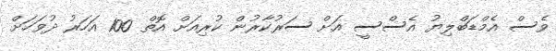
ވެސް އެމްޑަބްލިޔު އެސްސީ އަށް ސަރުކާރުން ކުރިއަށް އޮތް 100 އަހަރު ދުވަހަށް